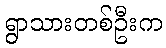
ရွာသားတစ်ဦးက